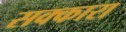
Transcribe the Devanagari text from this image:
सक्कारा